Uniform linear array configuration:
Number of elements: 12
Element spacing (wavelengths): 0.75
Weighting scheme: exponential
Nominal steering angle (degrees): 0
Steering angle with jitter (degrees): -1.72
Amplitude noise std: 0.05
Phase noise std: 0.05

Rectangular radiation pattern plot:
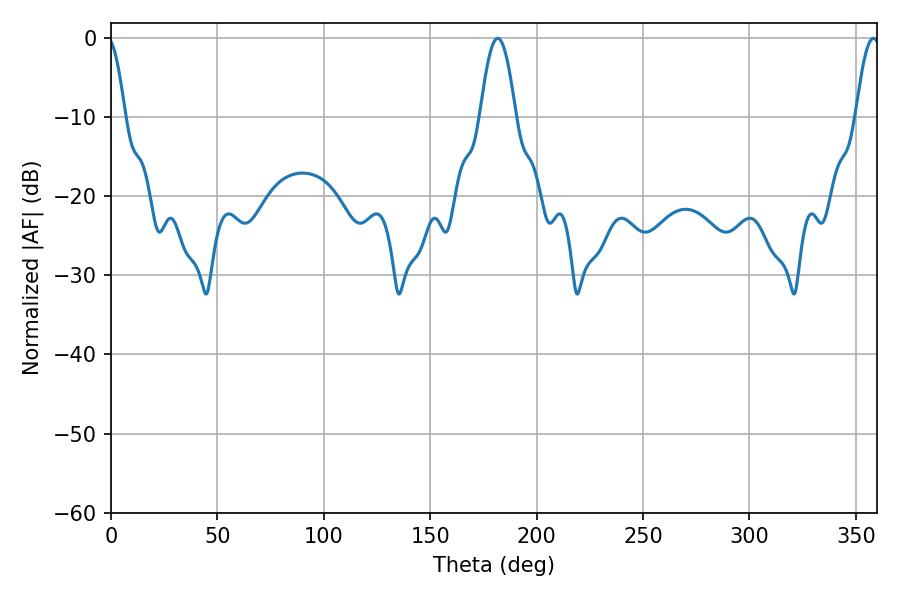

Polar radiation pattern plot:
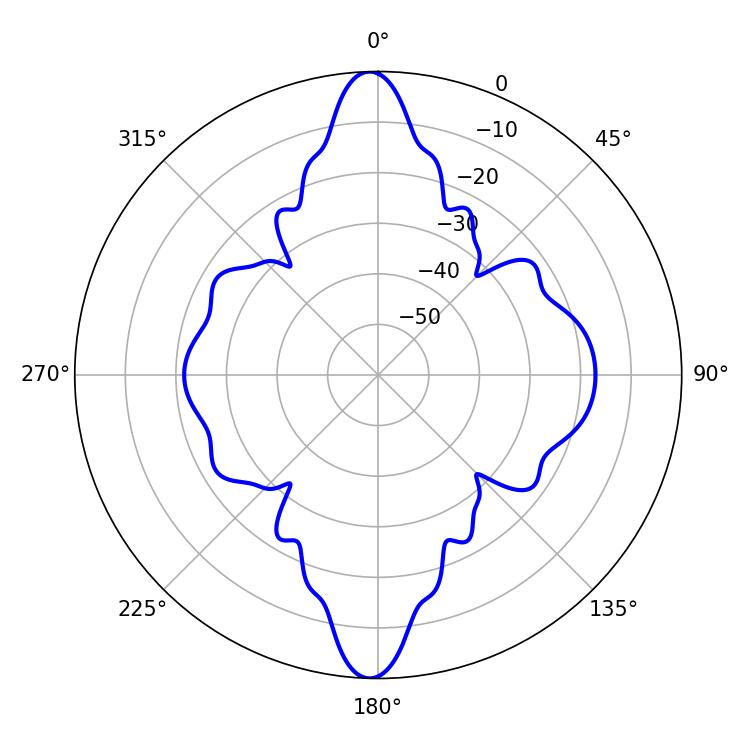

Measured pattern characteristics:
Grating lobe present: TRUE
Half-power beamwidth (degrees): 9
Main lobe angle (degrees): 181.8